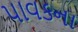
પાવકના